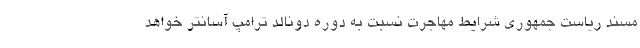
مسند ریاست جمهوری شرایط مهاجرت نسبت به دوره دونالد ترامپ آسانتر خواهد